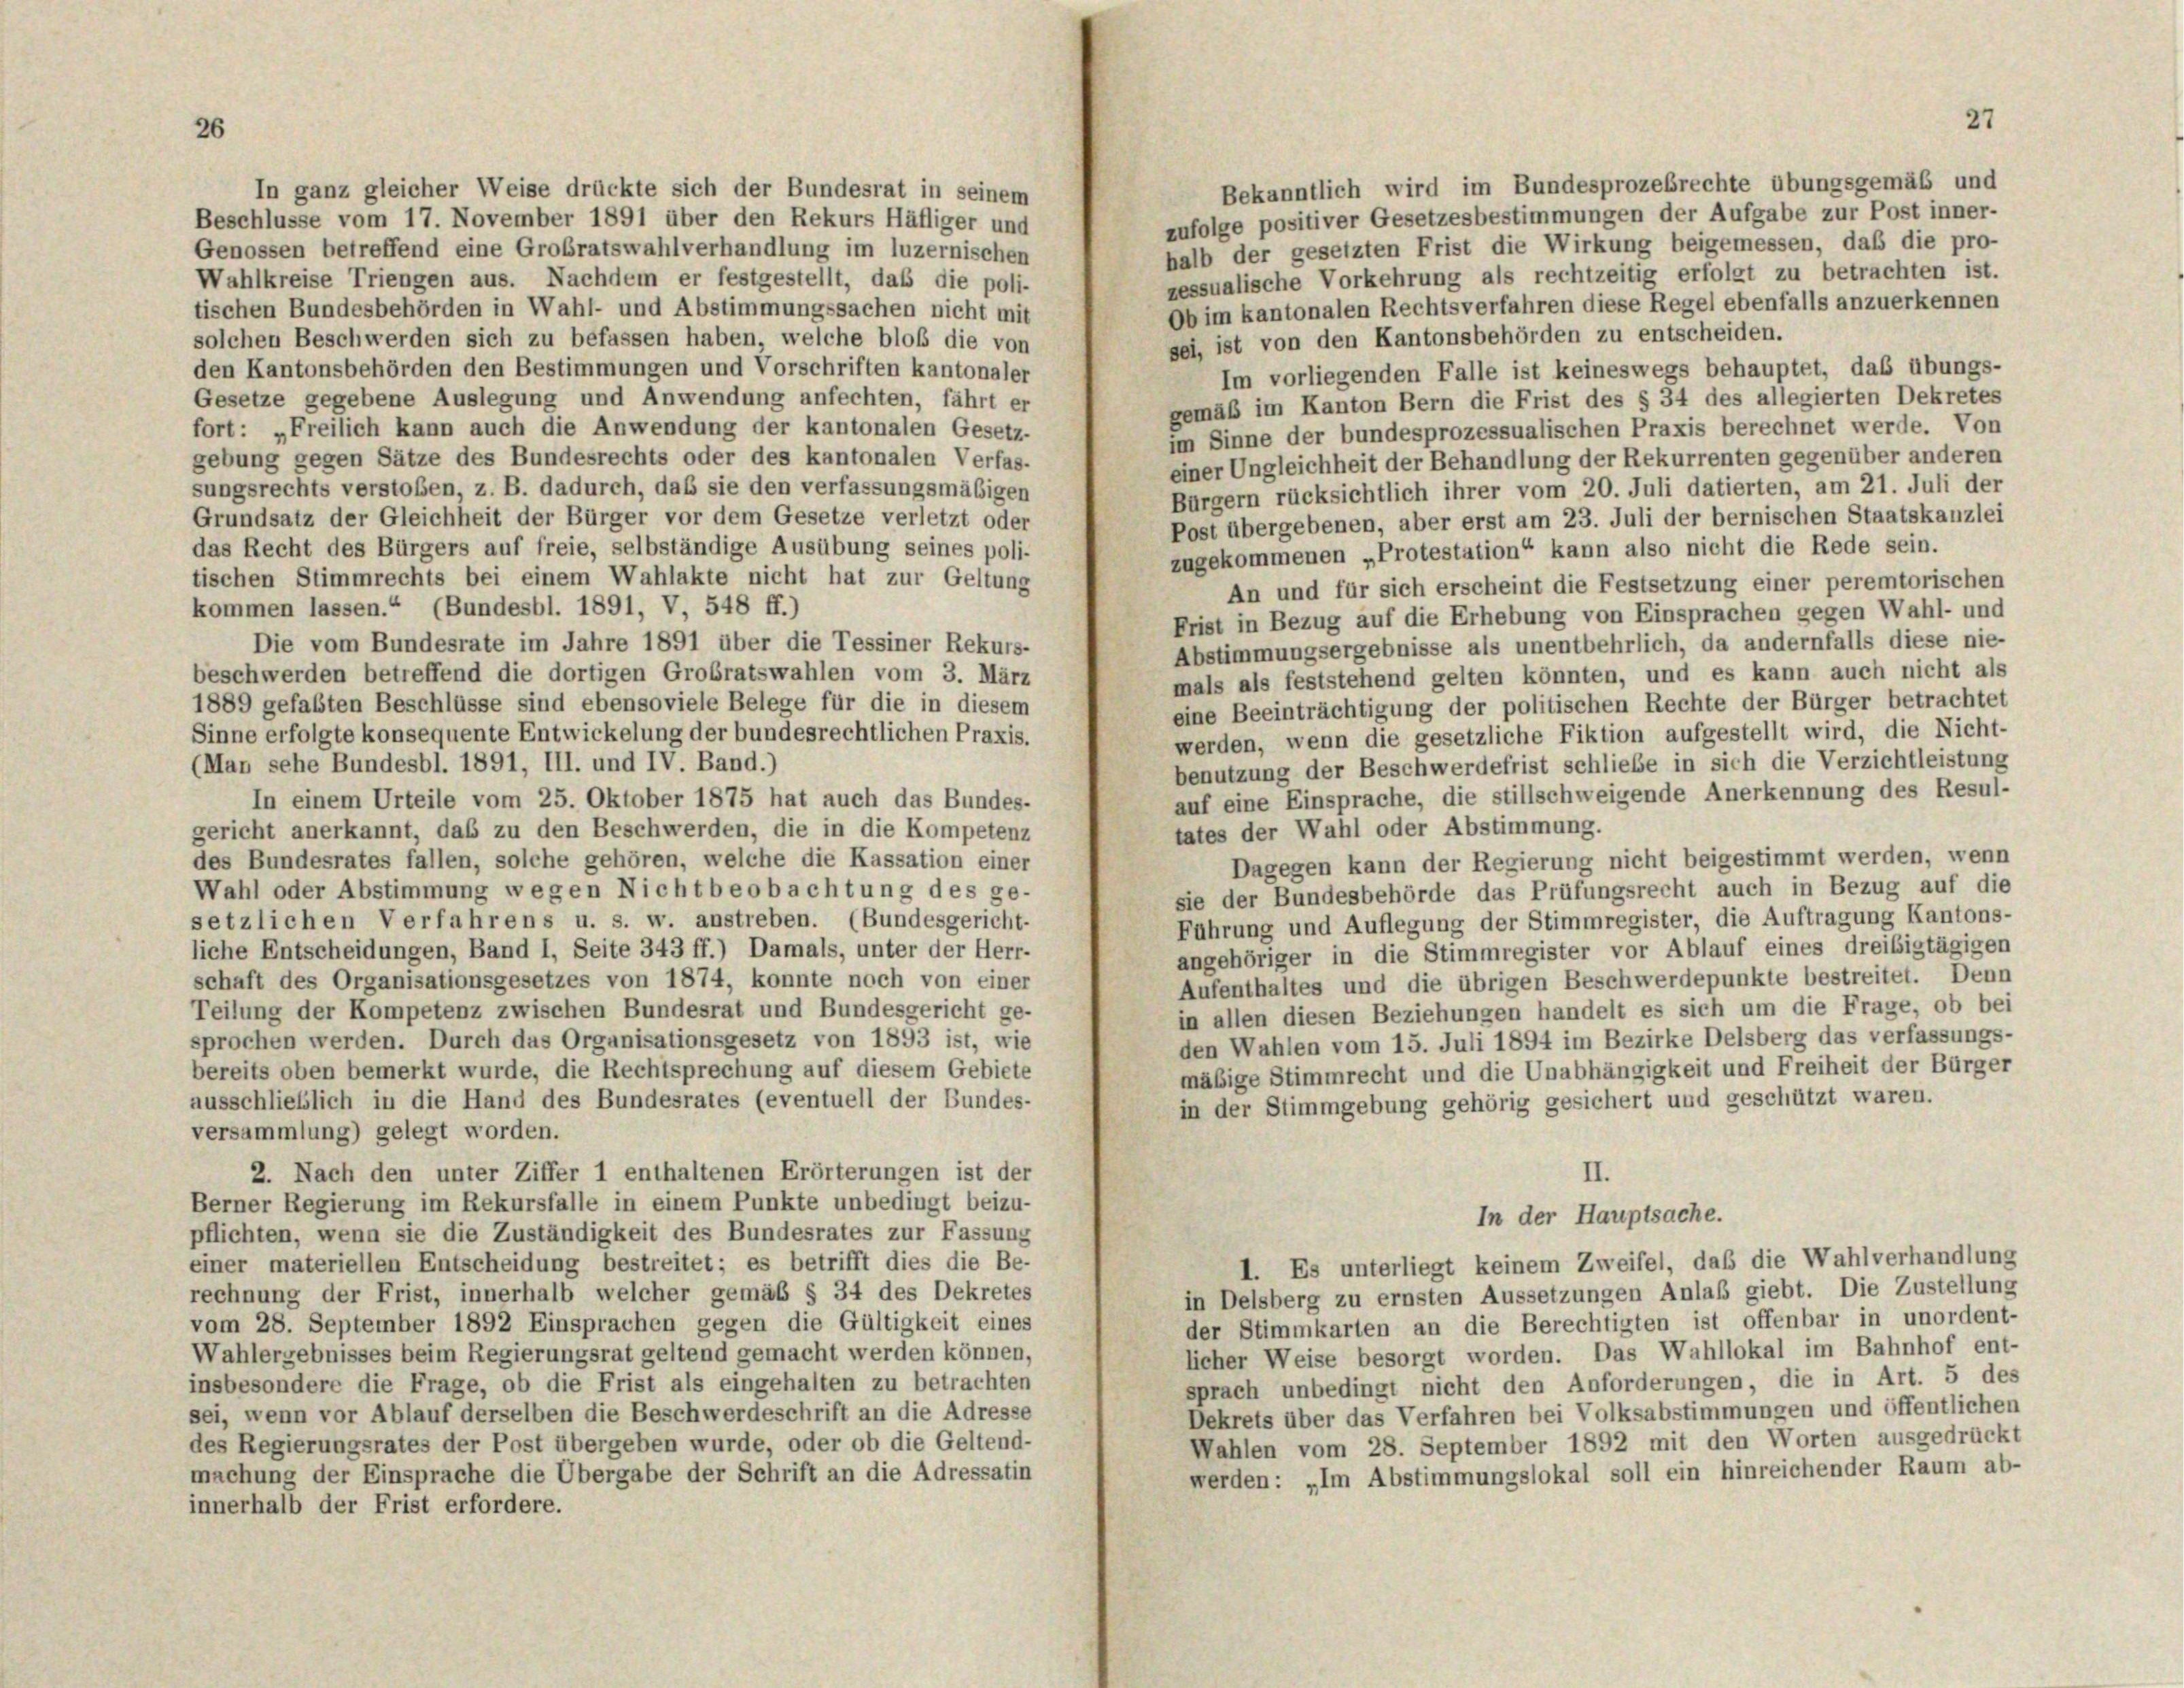
In ganz gleicher Weise drückte sich der Bundesrat in seinem
Beschlüsse vom 17. November 1891 über den Rekurs Häfliger und

halb der gesetzten Frist die Wirkung beigemessen, daß die pro-
Genossen betreffend eine Großratswahlverhandlung im luzernischen
zessualische Vorkehrung als rechtzeitig erfolgt zu betrachten ist.
Wahlkreise Triengen aus. Nachdem er festgestellt, daß die poli-
Ob im kantonalen Rechtsverfahren diese Regel ebenfalls anzuerkennen
tischen Bundesbehörden in Wahl- und Abstimmungssachen nicht mit
sei, ist von den Kantonsbehörden zu entscheiden.
solchen Beschwerden sich zu befassen haben, welche bloß die von
den Kantonsbehörden den Bestimmungen und Vorschriften kantonaler
Im vorliegenden Falle ist keineswegs behauptet, das übungs-
Gesetze gegebene Auslegung und Anwendung anfechten, fährt er
gemäß im Kanton Bern die Frist des § 34 des allegierten Dekretes
fort: „Freilich kann auch die Anwendung der kantonalen Gesetz-
im Sinne der bundesprozessualischen Praxis berechnet werde. Von
gebung gegen Sätze des Bundesrechts oder des kantonalen Verfas-
einer Ungleichheit der Behandlung der Rekurrenten gegenüber anderen
sungsrechts verstoßen, z. B. dadurch, das sie den verfassungsmäßigen
Bürgern rücksichtlich ihrer vom 20. Juli datierten, am 21. Juli der
Grundsatz der Gleichheit der Bürger vor dem Gesetze verletzt oder
Post übergebenen, aber erst am 23. Juli der bernischen Staatskanzlei
das Recht des Bürgers auf freie, selbständige Ausübung seines poli-
zugekommenen „Protestation“ kann also nicht die Rede sein.
tischen Stimmrechts bei einem Wahlakte nicht hat zur Geltung
An und für sich erscheint die Festsetzung einer peremtorischen
kommen lassen.“ (Bundesbl. 1891, V, 548 ff.)
Frist in Bezug auf die Erhebung von Einsprachen gegen Wahl- und
Die vom Bundesrate im Jahre 1891 über die Tessiner Rekurs-
Abstimmungsergebnisse als unentbehrlich, da andernfalls diese nie-
beschwerden betreffend die dortigen Großratswahlen vom 3. März
mals als feststehend gelten könnten, und es kann auch nicht als
1889 gefaßten Beschlüsse sind ebensoviele Belege für die in diesem
eine Beeinträchtigung der politischen Rechte der Bürger betrachtet
Sinne erfolgte konsequente Entwickelung der bundesrechtlichen Praxis.
werden, wenn die gesetzliche Fiktion aufgestellt wird, die Nicht-
(Man sehe Bundesbl. 1891, III. und IV. Band.)
benutzung der Beschwerdefrist schliebe in sich die Verzichtleistung
auf eine Einsprache, die stillschweigende Anerkennung des Resul-
In einem Urteile vom 25. Oktober 1875 hat auch das Bundes-
tates der Wahl oder Abstimmung.
gericht anerkannt, daß zu den Beschwerden, die in die Kompetenz
des Bundesrates fallen, solche gehören, welche die Kassation einer
Dagegen kann der Regierung nicht beigestimmt werden, wenn
Wahl oder Abstimmung wegen Nichtbeobachtung des ge-
sie der Bundesbehörde das Prüfungsrecht auch in Bezug auf die
setzlichen Verfahrens u. s. w. anstreben. (Bundesgericht-
Führung und Auflegung der Stimmregister, die Auftragung Kantons-
liche Entscheidungen, Band I, Seite 343 ff.) Damals, unter der Herr-
angehöriger in die Stimmregister vor Ablauf eines dreibigtägigen
schaft des Organisationsgesetzes von 1874, konnte noch von einer
Aufenthaltes und die übrigen Beschwerdepunkte bestreitet. Denn
Teilung der Kompetenz zwischen Bundesrat und Bundesgericht ge-
in allen diesen Beziehungen handelt es sich um die Frage, ob bei
sprochen werden. Durch das Organisationsgesetz von 1893 ist, wie
den Wahlen vom 15. Juli 1894 im Bezirke Delsberg das verfassungs-
bereits oben bemerkt wurde, die Rechtsprechung auf diesem Gebiete
mäßige Stimmrecht und die Unabhängigkeit und Freiheit der Bürger
ausschließlich in die Hand des Bundesrates (eventuell der Bundes-
in der Stimmgebung gehörig gesichert und geschützt waren.
versammlung) gelegt worden.
2. Nach den unter Ziffer 1 enthaltenen Erörterungen ist der
II.
Berner Regierung im Rekursfalle in einem Punkte unbedingt beizu-
In der Hauptsache.
pflichten, wenn sie die Zuständigkeit des Bundesrates zur Fassung
einer materiellen Entscheidung bestreitet; es betrifft dies die Be-
I. Es unterliegt keinem Zweifel, daß die Wahlverhandlung
rechnung der Frist, innerhalb welcher gemäß § 34 des Dekretes
in Delsberg zu ernsten Aussetzungen Anlaß giebt. Die Zustellung
vom 28. September 1892 Einsprachen gegen die Gültigkeit eines
der Stimmkarten an die Berechtigten ist offenbar in unordent-
Wahlergebnisses beim Regierungsrat geltend gemacht werden können,
licher Weise besorgt worden. Das Wahllokal im Bahnhof ent-
sprach unbedingt nicht den Anforderungen, die in Art. 5 des
insbesondere die Frage, ob die Frist als eingehalten zu betrachten
sei, wenn vor Ablauf derselben die Beschwerdeschrift an die Adresse
Dekrets über das Verfahren bei Volksabstimmungen und öffentlichen
Wahlen vom 28. September 1892 mit den Worten ausgedrückt
des Regierungsrates der Post übergeben wurde, oder ob die Geltend-
machung der Einsprache die Übergabe der Schrift an die Adressatin
werden: „Im Abstimmungslokal soll ein hinreichender Raum ab-
innerhalb der Frist erfordere.

Bekanntlich wird im Bundesprozebrechte übungsgemäß und
zufolge positiver Gesetzesbestimmungen der Aufgabe zur Post inner-